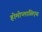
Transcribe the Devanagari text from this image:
होमोप्लासिएस